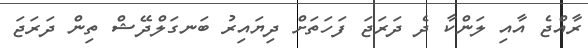
ރާއްޖެ އާއި ލަންކާ ދެ ދަރަޖަ ފަހަތަށް ދިޔައިރު ބަނގަލްދޭޝް ތިން ދަރަޖަ